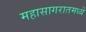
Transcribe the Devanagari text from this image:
महासागरातमध्ये